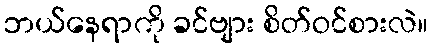
ဘယ်နေရာကို ခင်ဗျား စိတ်ဝင်စားလဲ။